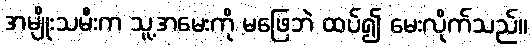
အမျိုးသမီးက သူ့အမေးကို မဖြေဘဲ ထပ်၍ မေးလိုက်သည်။